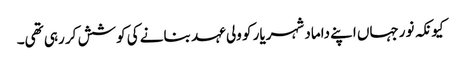
کیونکہ نورجہاں اپنے داماد شہریار کو ولی عہد بنانے کی کوشش کر رہی تھی۔